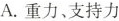
A. 重力、支持力